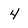
Character: 4